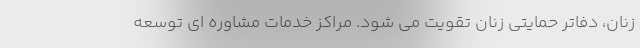
زنان، دفاتر حمایتی زنان تقویت می شود. مراکز خدمات مشاوره ای توسعه